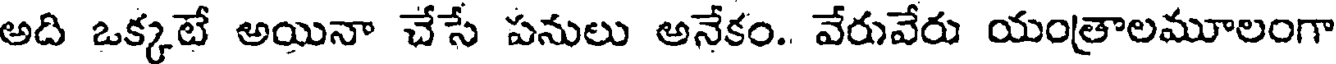
అది ఒక్కటే అయినా చేసే పనులు అనేకం.. వేరువేరు యంత్రాలమూలంగా